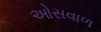
ઓસવાળ